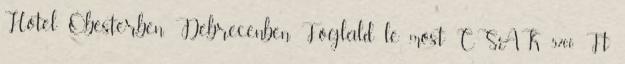
Hotel Óbesterben, Debrecenben. Foglald le most CSAK 5700 Ft